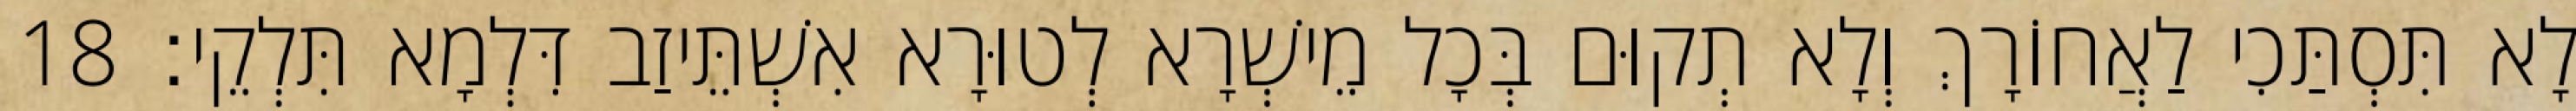
לָא תִּסְתַּכִי לַאֲחוֹרָךְ וְלָא תְקוּם בְּכָל מֵישְׁרָא לְטוּרָא אִשְׁתֵּיזַב דִּלְמָא תִּלְקֵי׃ 18